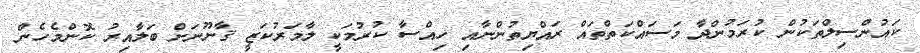
ކައުންސިލްތަކުން ކުރަމުންދާ މަސައްކަތްތައް ރައްޔިތުންނާއި ހިއްސާ ކުރުމަކީ ލާމަރުކަޒީ ޤާނޫނަށް ބަލާއިރު ކޮންމެހެން